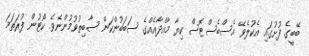
ބޭބީގެ ފުށުގައި އެކުލެވޭ އެސްބެސްޓޮސް ކިޔާ މާއްދާއެއްގެ ސަބަބުންކަން ސާބިތުވުމުންނެވެ. ކޯޓުން ފުރަތަމަ